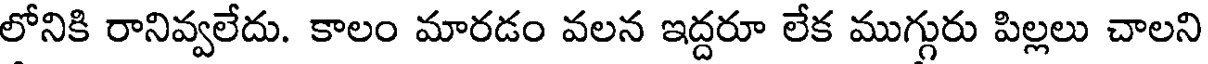
లోనికి రానివ్వలేదు. కాలం మారడం వలన ఇద్దరూ లేక ముగ్గురు పిల్లలు చాలని